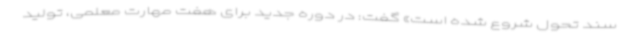
سند تحول شروع شده است» گفت: در دوره جدید برای هفت مهارت معلمی، تولید